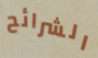
الشرائح